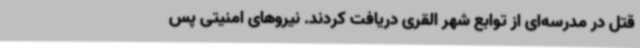
قتل در مدرسه‌ای از توابع شهر القری دریافت کردند. نیروهای امنیتی پس